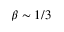
\beta \sim 1 / 3